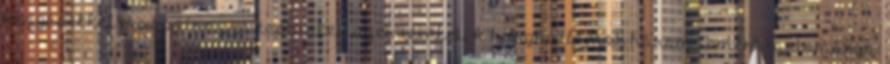
rezgésekkel masszírozza testünket, szerveinket. A hanghullámok három ismert tartománya: